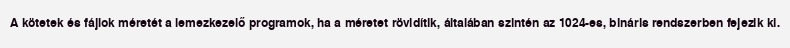
A kötetek és fájlok méretét a lemezkezelő programok, ha a méretet rövidítik, általában szintén az 1024-es, bináris rendszerben fejezik ki.